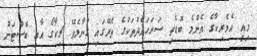
މިއީ އެމެރިކާގެ އެންމެ ބޮޑެތި ސަރަޙައްދުތަކުގެ ތެރޭގައި ގުނާލެވޭ ޗިކާގޯ އާއި ބޮސްޓަން